Cholera in southern India
Disease focus: Cholera
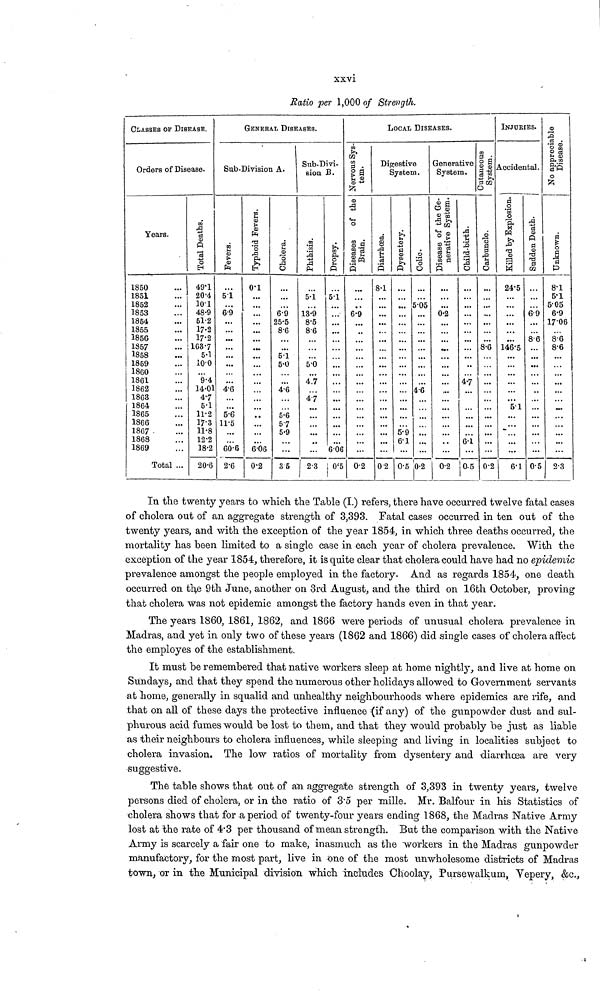
xxvi
Ratio per 1,000 of Strength.
CLASSES OF DISEASE.
Orders of Disease.
Years.
1850
1851
1852
1853
1854
1855
1856
1857
1858
1859
1860
1861
1862
1863
1864
1865
1866
1867
1868
1869
Total ...
Toal Deaths.
49.1
20.4
10.1
48.9
51.2
17.2
17.2
163.7
5.1
100
9.4
14.01
4.7
5.1
11.2
17.3
11.8
12.2
18.2
20.6
GENERAL DISEASES.
Sub-Division A.
Fevers.
5.1
6.9
...
...
4.6
5.6
11.5
60.6
2.6
Typhoid Fevers.
0.1
...
• a.
...
606
0.2
Cholera.
6.9
25.5
8.6
51
5.0
4.6
5.6
57
5.9
...
35
Sub-Divi-
sion B.
Phthisis.
5.1
13.9
8.5
86
5.0
4.7
47
2.3
Drospy.
5.1
...
606
0.5
Disease of the Brain.
6.9
0.2
LOCAL DISEASES.
Digestive
System.
Diarrhœa.
8.1
...
02
Dysentery.
...
5.9
6.1
0.5
Colic.
5.05
...
46
0.2
Generative
System.
Disease of the Generative System.
0.2
0.2
Child-Birth.
...
4.7
6.1
0.5
Outaneous System.
Carbuncle.
...
8.6
0.2
INJURIES.
Accidental.
Killed by Explosion.
24-5
...
146.5
5.1
6.1
Sudden Death.
69
8.6
05
No appreciaable
Disease
Unknown.
8.1
5.1
5.05
6.9
17.06
8.6
8.6
2.3
In the twenty years to which the Table (I.) refers, there have occurred twelve fatal cases
of cholera out of an aggregate strength of 3,393. Fatal cases occurred in ten out of the
twenty years, and with the exception of the year 1854, in which three deaths occurred, the
mortality has been limited to a single case in each year of cholera prevalence. With the
exception of the year 1854, therefore, it is quite clear that cholera could have had no epidemic
prevalence amongst the people employed in the factory. And as regards 1854, one death
occurred on th,e 9th June, another on 3rd August, and the third on 16th October, proving
that cholera was not epidemic amongst the factory hands even in that year.
The years 1860, 1861, 1862, and 1866 were periods of unusual cholera prevalence in
Madras, and yet in only two of these years (1862 and 1866) did single cases of cholera affect
the employes of the establishment.
It must be remembered that native workers sleep at home nightly, and live at home on
Sundays, and that they spend the numerous other holidays allowed to Government servants
at home, generally in squalid and unhealthy neighbourhoods where epidemics are rife, and
that on all of these days the protective influence ¡(if any) of the gunpowder dust and sul-
phurous acid fumes would be lost to them, and that they would probably be just as liable
as their neighbours to cholera influences, while sleeping and living in localities subject to
cholera invasion. The low ratios of mortality from dysentery and diarrhoea are very
suggestive.
The table shows that out of an aggregate strength of 3,393 in twenty years, twelve
persons died of cholera, or in the ratio of 3.5 per mille. Mr. Balfour in his Statistics of
cholera shows that for a period of twenty-four years ending 1868, the Madras Native Army
lost at the rate of 4.3 per thousand of mean strength. But the comparison with the Native
Army is scarcely a fair one to make, inasmuch as the workers in the Madras gunpowder
manufactory, for the most part, live in one of the most unwholesome districts of Madras
town, or in the Municipal division which includes Choolay, Pursewalkum, Vepery, &c.,